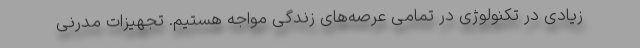
زیادی در تکنولوژی در تمامی عرصه‌های زندگی مواجه هستیم. تجهیزات مدرنی